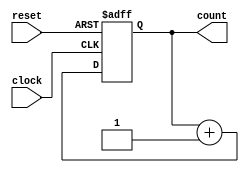
/**
  A simple up-counter with synchronous reset.

  @param  Size   Number of bits used to represent the counter's value.
  @param  clock  Increments the counter's value upon each positive edge.
  @param  reset  Zeroes the counter's value when asserted.
  @param  count  The counter's value.
*/
module counter #(parameter Size = 32) (
  input                   clock,
  input                   reset,
  output reg [Size-1 : 0] count
);
  always @(posedge clock or posedge reset) begin
    if (reset)
      count <= 0;
    else
      count <= count + 1;
  end
endmodule